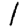
Digit: 1